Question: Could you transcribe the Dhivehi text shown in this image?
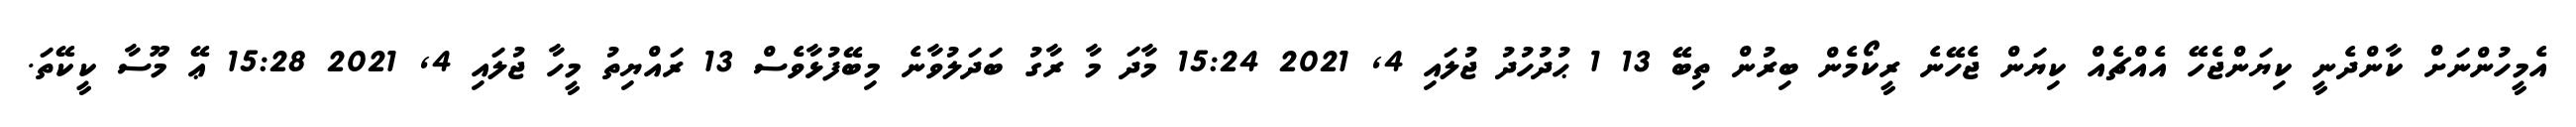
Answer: އެމީހުންނަށް ކާންދެނީ ކިޔަންޖެހޭ އެއްޗެއް ކިޔަން ޖެހޭނެ ރީކޯމެން ބިރުން ތިބޭ 13 1 ޙުދުހުދު ޖުލައި 4, 2021 15:24 މާދަ މާ ރާގު ބަދަލުވާނެ މިބޭފުޅާވެސް 13 ރައްޔިތު މީހާ ޖުލައި 4, 2021 15:28 ޢޭ މޫސާ ކީކޭތަ.